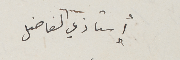
أستاذي الفاضل